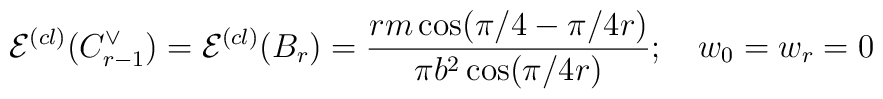
\mathcal{E}^{(cl)}(C_{r-1}^{\vee })=\mathcal{E}^{(cl)}(B_{r})=\frac{rm\cos(\pi /4-\pi /4r)}{\pi b^{2}\cos (\pi /4r)};\quad w_{0}=w_{r}=0